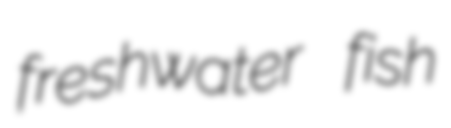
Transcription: freshwater fish